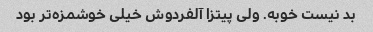
بد نیست خوبه. ولی پیتزا آلفردوش خیلی خوشمزه‌تر بود